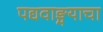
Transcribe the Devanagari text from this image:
पद्यवाङ्मयाचा